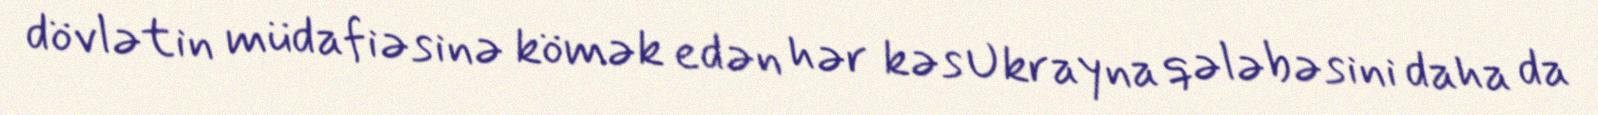
dövlətin müdafiəsinə kömək edən hər kəs Ukrayna qələbəsini daha da